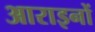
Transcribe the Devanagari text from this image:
आराइनों